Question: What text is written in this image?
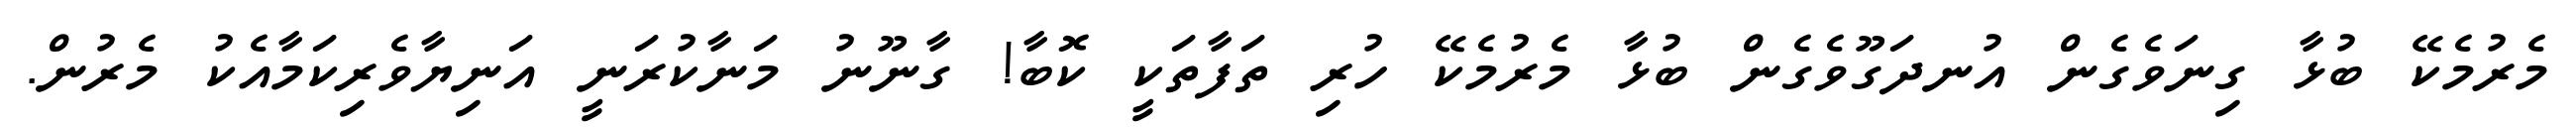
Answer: މެރުމެކޭ ބުޅާ ގިނަވެގެން އުނދަގޫވެގެން ބުޅާ މެރުމެކޭ ހުރި ތަފާތަކީ ކޮބާ! ގާނޫނު މަނާކުރަނީ އަނިޔާވެރިކަމާއެކު މެރުން.